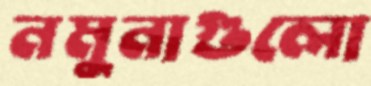
নমুনাগুলো